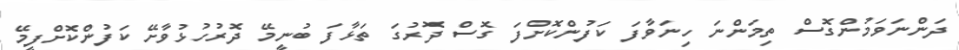
ދަންނަވަމުންގޮސް ތިމަންނަ ހިނަވާފަ ކަފުންކޮށްފަ ގޮސް ދޮރުގަ ތަޅާފަ ބުނީމޭ ދޮރުހުޅުވާށޭ ކަފުންކޮށްފީމޭ